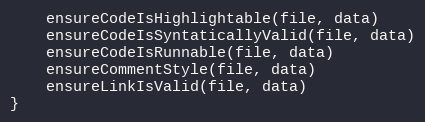
Language: JavaScript
	ensureCodeIsHighlightable(file, data)
	ensureCodeIsSyntaticallyValid(file, data)
	ensureCodeIsRunnable(file, data)
	ensureCommentStyle(file, data)
	ensureLinkIsValid(file, data)
}